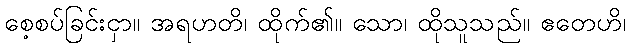
စေ့စပ်ခြင်းငှာ။ အရဟတိ၊ ထိုက်၏။ သော၊ ထိုသူသည်။ ဧတေဟိ၊